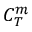
C _ { T } ^ { m }